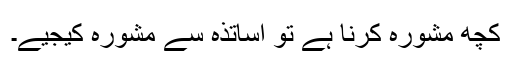
کچھ مشورہ کرنا ہے تو اساتذہ سے مشورہ کیجیے۔